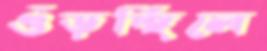
গুঁড়চ্ছিলে